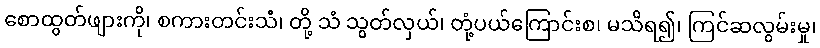
စောထွတ်ဖျားကို၊ စကားတင်းသံ၊ တို့ သံ သွတ်လှယ်၊ တုံ့ပယ်ကြောင်းစ၊ မသိရ၍၊ ကြင်ဆလွမ်းမှု၊